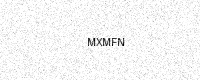
Text: MXMFN